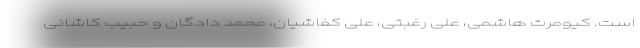
است. کیومرث هاشمی، علی رغبتی، علی کفاشیان، محمد دادگان و حبیب کاشانی